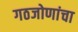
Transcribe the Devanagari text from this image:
गठजोणांचा